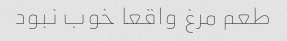
طعم مرغ واقعا خوب نبود